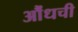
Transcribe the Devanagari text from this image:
औंधची